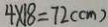
4 \times 1 8 = 7 2 ( c m )